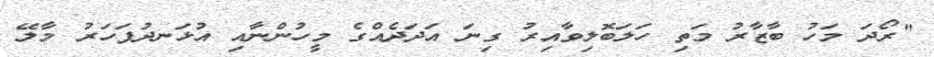
"ރޯދަ މަހު ބާޒާރު މަތި ހަލަބޮލިވާއިރު ގިނަ އަދަދެއްގެ މީހުންނާއި އުޅަނދުފަހަރު މާލޭ